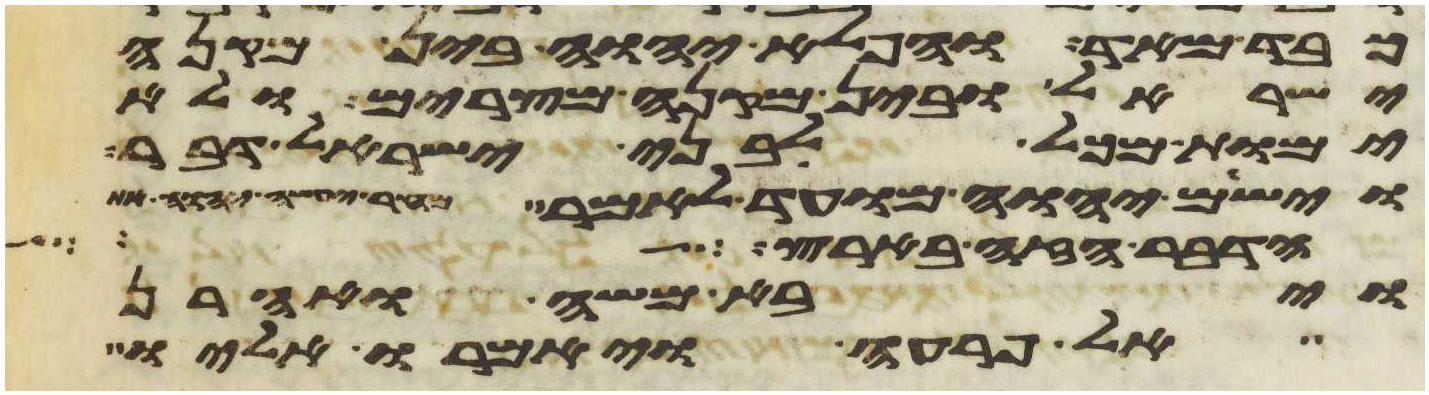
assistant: כבד מאד והפלא יהוה בין מקנה
ישראל ובין מקנה מצרים ולא
ימות מכל לבני ישראל דבר
וישם יהוה מועד לאמר מחר יעשה יהוה
הדבר הזה בארץ
ויבא משה ואהרן
אל פרעה ויאמרו אליו